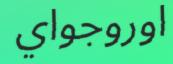
اوروجواي